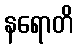
နရောတိ